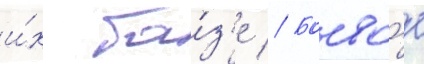
и́х ба́з'е // Боево́е